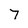
Character: 7